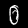
Digit: 0